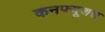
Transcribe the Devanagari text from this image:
कनफ्यूशस